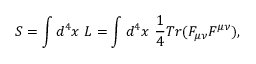
S = \int d ^ { 4 } x \ { \cal L } = \int d ^ { 4 } x \ { \frac { 1 } { 4 } } T r ( F _ { \mu \nu } F ^ { \mu \nu } ) ,